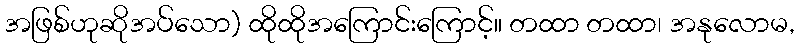
အဖြစ်ဟုဆိုအပ်သော) ထိုထိုအကြောင်းကြောင့်။ တထာ တထာ၊ အနုလောမ,